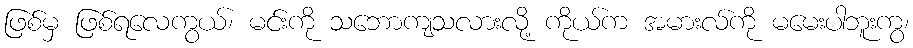
ဖြစ်မှ ဖြစ်ရလေကွယ်၊ မင်းကို သဘောကျသလားလို့ ကိုယ်က အမားလ်ကို မမေးပါဘူးကွ၊